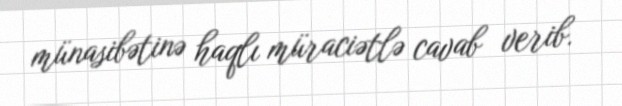
münasibətinə haqlı müraciətlə cavab verib.